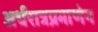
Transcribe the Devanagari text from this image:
अर्धरात्रप्रमाणेन